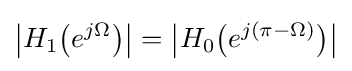
{\big |}H_{1}{\big (}e^{j\Omega }{\big )}{\big |}={\big |}H_{0}{\big (}e^{j(\pi -\Omega )}{\big )}{\big |}